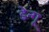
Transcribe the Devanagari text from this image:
डेन्गू